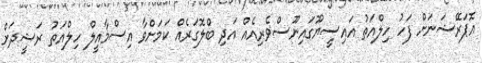
އޮޕަރޭޝަނަށް ފަހު ހިލްއަތު އައިސީޔޫގައިނޫސްވެރިއެއް އަދި ބްލޮގަރެއް ކަމަށްވާ އިސްމާއީލް ހިލްއަތު ރަޝީދަށް